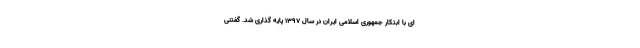
ای با ابتکار جمهوری اسلامی ایران در سال ۱۳۹۷ پایه گذاری شد. گفتنی